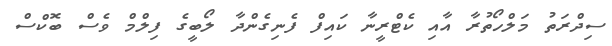
ސިދްރަތު މަލްހޯތުރާ އާއި ކެޓްރީނާ ކައިފް ފެނިގެންދާ ލޯބީގެ ފިލްމް ވެސް ބޮކްސް